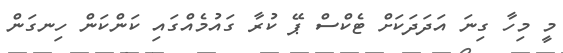
މީ މިހާ ގިނަ އަދަދަކަށް ޓެކްސް ޕޭ ކުރާ ގައުމެއްގައި ކަންކަން ހިނގަން